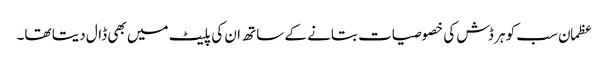
عظمان سب کو ہر ڈش کی خصوصیات بتانے کے ساتھ ان کی پلیٹ میں بھی ڈال دیتا تھا۔